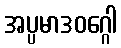
အပ္ပမာဒဝဂ္ဂေါ